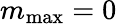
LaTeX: m_{\operatorname*{max}}=0